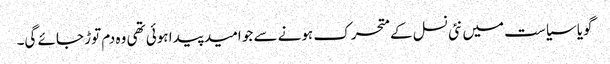
گویا سیاست میں نئی نسل کے متحرک ہونے سے جو امید پیدا ہوئی تھی وہ دم توڑ جائے گی۔